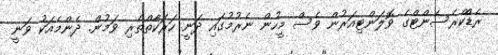
ރެޑްކްރެސެންޓްގެ ވޮލަންޓިއަރުން ވެސް މީހުން ނެރުމުގައި ދަނީ ހަރަކާތްތެރި ވަމުން. ދެންމެއަކު ވަނީ